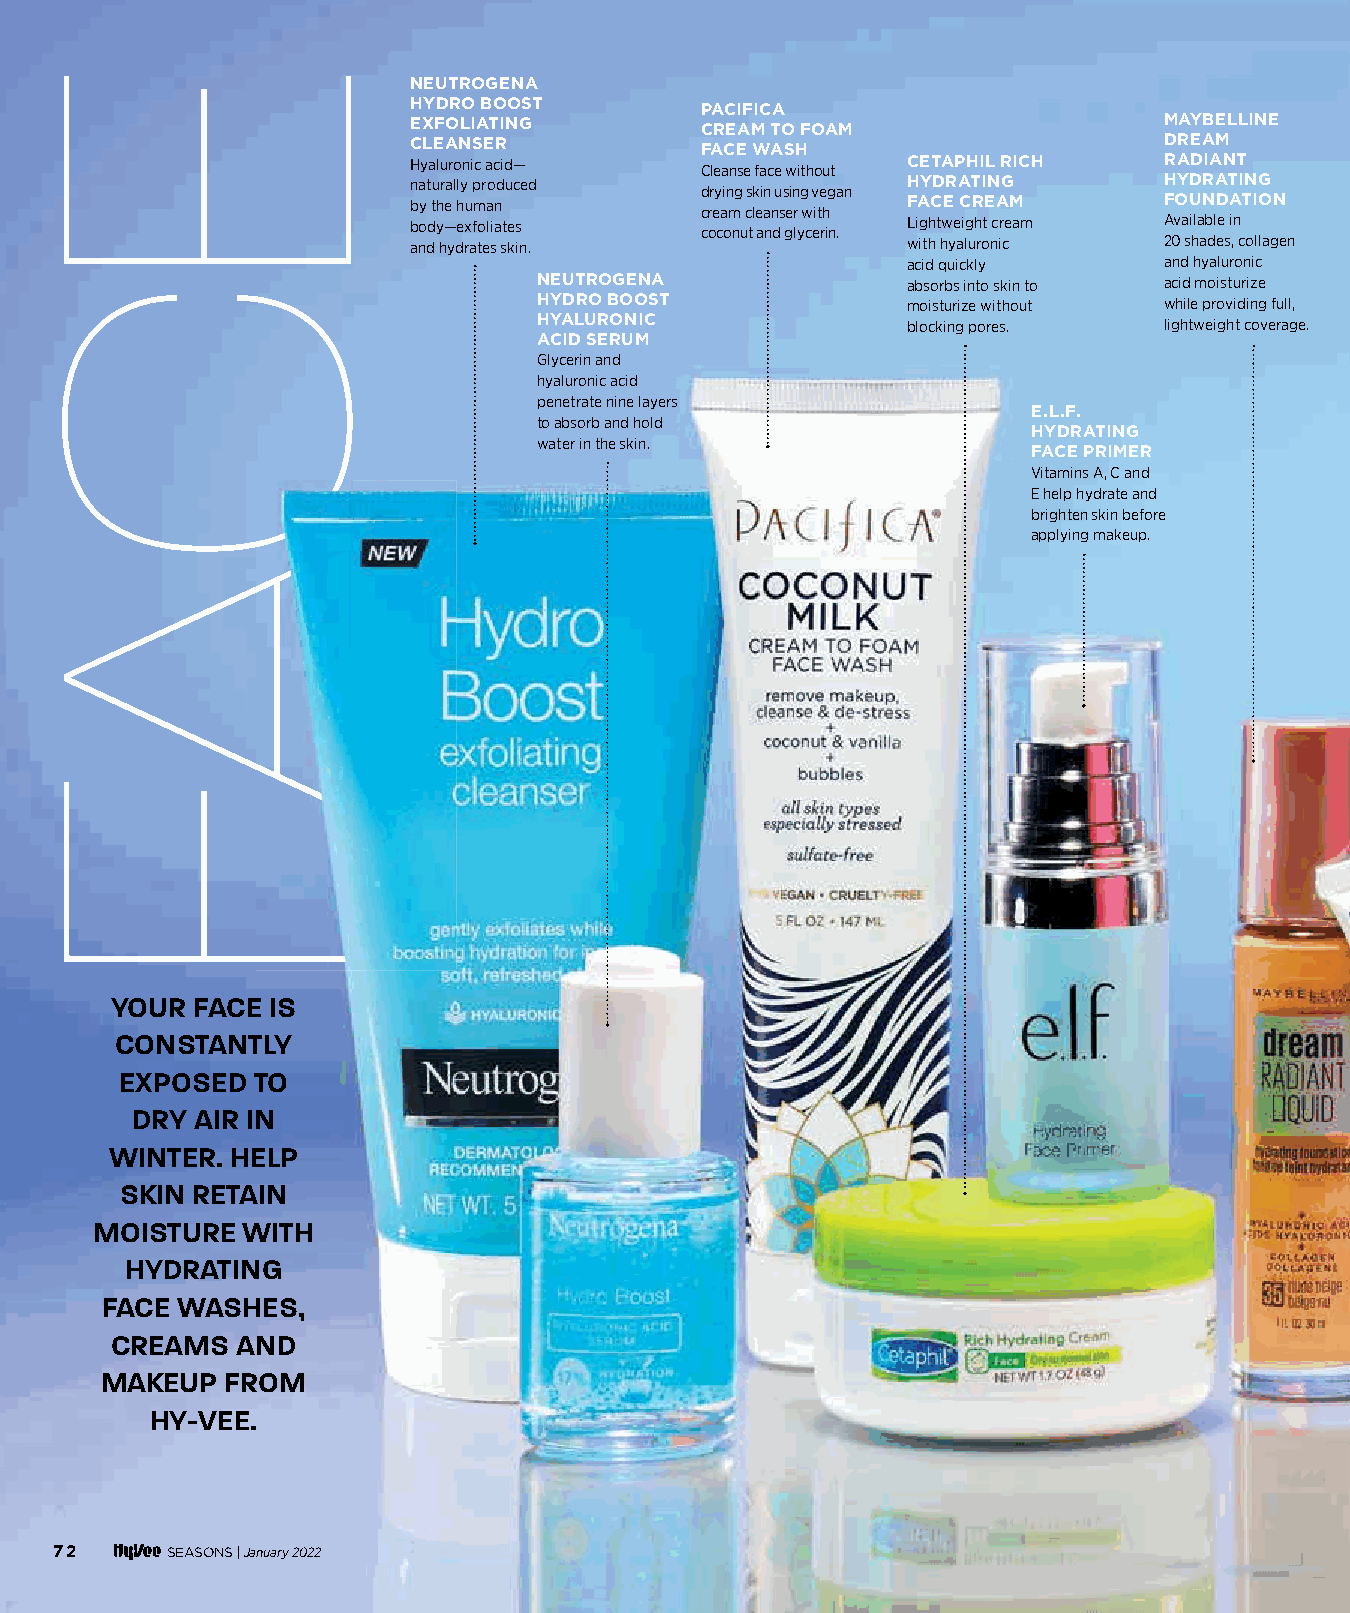
NEUTROGENA
 HYDRO BOOST        PACIFICA
 EXFOLIATING        CREAM TO FOAM                  MAYBELLINE
 CLEANSER           FACE WASH                      DREAM
 Hyaluronic acid—   Cleanse face without CETAPHIL RICH RADIANT
 naturally produced drying skin using vegan HYDRATING HYDRATING
 by the human       cream cleanser with FACE CREAM FOUNDATION
 body—exfoliates    coconut and glycerin. Lightweight cream Available in
 and hydrates skin.               with hyaluronic  20 shades, collagen
 acid quickly     and hyaluronic
 NEUTROGENA              absorbs into skin to acid moisturize
 HYDRO BOOST             moisturize without while providing full,
 HYALURONIC              blocking pores.  lightweight coverage.
 ACID SERUM
 Glycerin and
 hyaluronic acid
 penetrate nine layers
 E.L.F.
 to absorb and hold
 HYDRATING
 water in the skin.
 FACE PRIMER
 Vitamins A, C and
 E help hydrate and
 brighten skin before
 applying makeup.
 YOUR  FACE IS
 CONSTANTLY
 EXPOSED  TO
 DRY AIR IN
 WINTER. HELP
 SKIN RETAIN
 MOISTURE  WITH
 HYDRATING
 FACE WASHES,
 CREAMS   AND
 MAKEUP  FROM
 HY-VEE.
 72     SEASONS |January 2022
 007700--007733 WWiinntteerr SSkkiinnccaarree__1111..2299..iinndddd 7722          1111//3300//2211 1111::0077 AAMM
 EECCAAFF